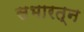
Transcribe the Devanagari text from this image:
सभारत्न